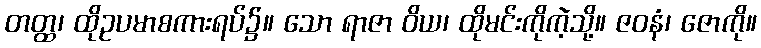
တတ္ထ၊ ထိုဥပမာစကားရပ်၌။ သော ရာဇာ ဝိယ၊ ထိုမင်းကိုကဲ့သို့။ ဇဝနံ၊ ဇောကို။